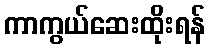
ကာကွယ်ဆေးထိုးရန်